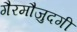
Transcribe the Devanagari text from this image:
गैरमौजुदगी